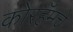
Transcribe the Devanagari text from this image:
कोरहॅमचे